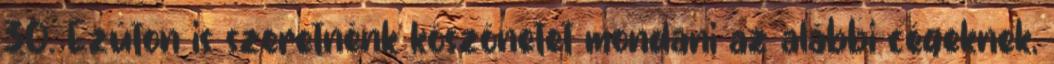
30. Ezúton is szeretnénk köszönetet mondani az alábbi cégeknek,